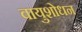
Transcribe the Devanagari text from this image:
वायुशोधन